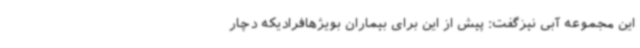
این مجموعه آبی نیزگفت: پیش از این برای بیماران بویژهافرادیکه دچار